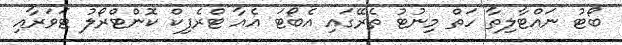
ބޯޓު ނައްޓާލިތާ ހަތް މިނުޓު ތެރޭގައި އެބޯޓަ އެއާ ޓްރެފިކް ކޮންޓްރޯލު ޓަވަރާއި